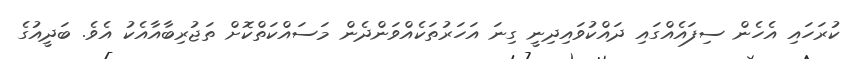
ކުރަހައި އެހެން ސިފައެއްގައި ދައްކުވައިދިނީ ގިނަ އަހަރުތަކެއްވަންދެން މަސައްކަތްކޮށް ތަޖުރިބާއާއެކު އެވެ. ބަދީއުގެ